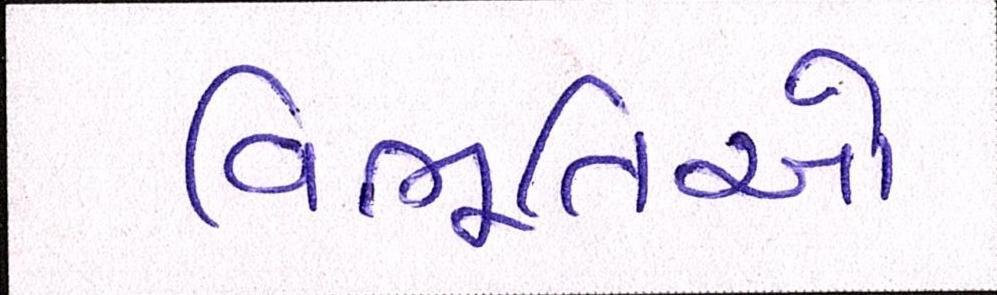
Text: વિભૂતિઓ